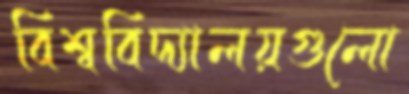
বিশ্ববিদ্যালয়গুলো